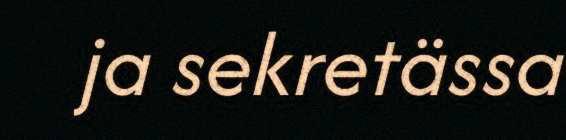
ja sekretässa